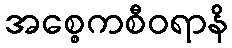
အစ္စေကစီဝရာနိ